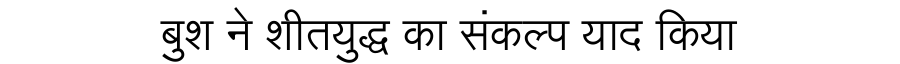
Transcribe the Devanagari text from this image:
बुश ने शीतयुद्ध का संकल्प याद किया